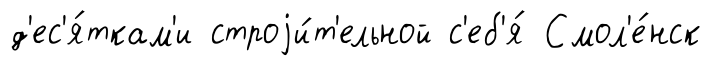
д'ес'я́ткам'и строjи́т'ельной с'еб'я́ Смол'е́нск